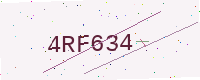
Text: 4RF634